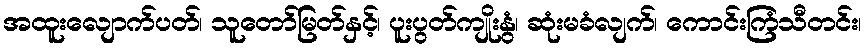
အထူးလျောက်ပတ်၊ သူတော်မြတ်နှင့်၊ ပူးပွတ်ကျိုးနွံ၊ ဆုံးမခံလျက်၊ ကောင်းကြံသီတင်း၊